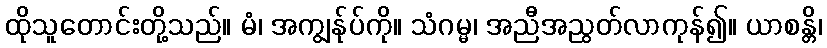
ထိုသူတောင်းတို့သည်။ မံ၊ အကျွန်ုပ်ကို။ သံဂမ္မ၊ အညီအညွတ်လာကုန်၍။ ယာစန္တိ၊